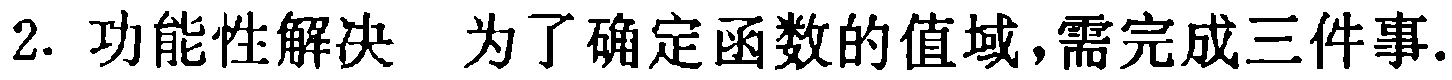
2. 功能性解决 为了确定函数的值域，需完成三件事.